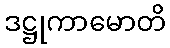
ဒဋ္ဌုကာမောတိ